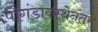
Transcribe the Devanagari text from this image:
पौगंडावस्थेनंतर